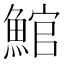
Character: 𩸘